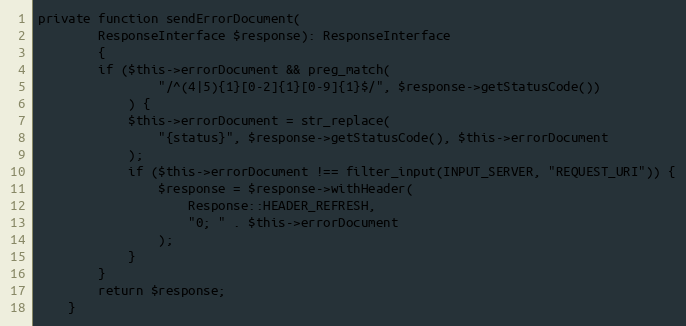
Language: PHP
private function sendErrorDocument(
        ResponseInterface $response): ResponseInterface
        {
        if ($this->errorDocument && preg_match(
                "/^(4|5){1}[0-2]{1}[0-9]{1}$/", $response->getStatusCode())
            ) {
            $this->errorDocument = str_replace(
                "{status}", $response->getStatusCode(), $this->errorDocument
            );
            if ($this->errorDocument !== filter_input(INPUT_SERVER, "REQUEST_URI")) {
                $response = $response->withHeader(
                    Response::HEADER_REFRESH,
                    "0; " . $this->errorDocument
                );
            }
        }
        return $response;
    }